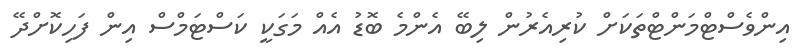
އިންވެސްޓްމަންޓްތަކަށް ކުރިއެރުން ލިބޭ އެންމެ ބޮޑު އެއް މަގަކީ ކަސްޓަމްސް އިން ފަހިކޮށްދޭ